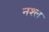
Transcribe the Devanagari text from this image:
नश्ल